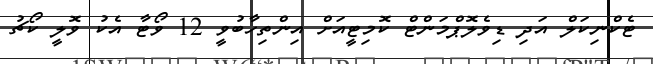
ޓެކްނިކަލް އަދި ޑިވެލޮޕްމަންޓް ކޮމިޓީއަށް އިންތިހާބުވީ 12 ވޯޓާ އެކު ވޮލީ ކޯޗު